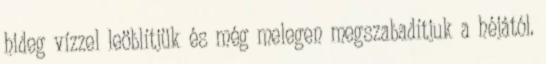
hideg vízzel leöblítjük és még melegen megszabadítjuk a héjától.